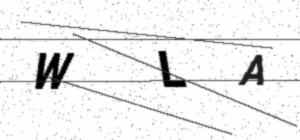
Text: WLA